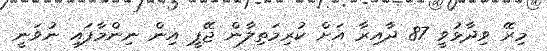
މިރޭ ވިދާޅުވީ 87 ދާއިރާ އަށް ކުރިމަތިލާން ޖޭޕީ އިން ނިންމާފައި ނުވަނީ